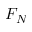
F _ { N }